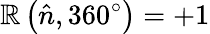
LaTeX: \mathbb{R}\left({\hat{{n}}},360^{\circ}\right)=+1